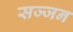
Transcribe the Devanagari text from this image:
सज्‍जन